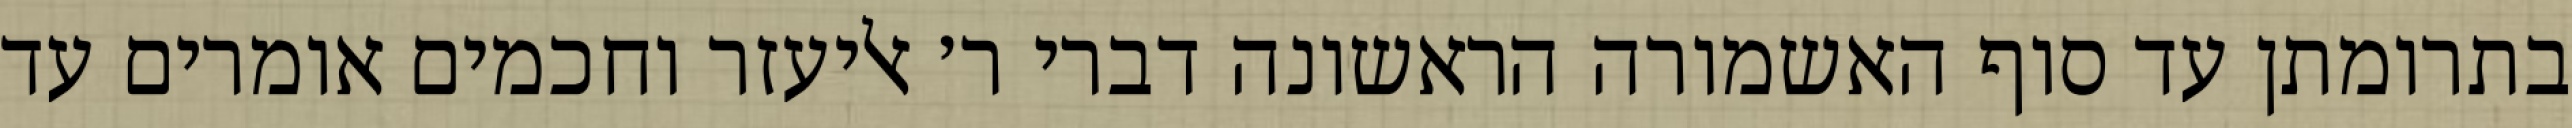
בתרומתן עד סוף האשמורה הראשונה דברי ר׳ אליעזר וחכמים אומרים עד